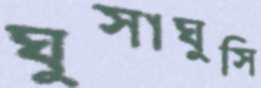
ঘুসাঘুসি